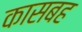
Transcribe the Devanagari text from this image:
कासबह